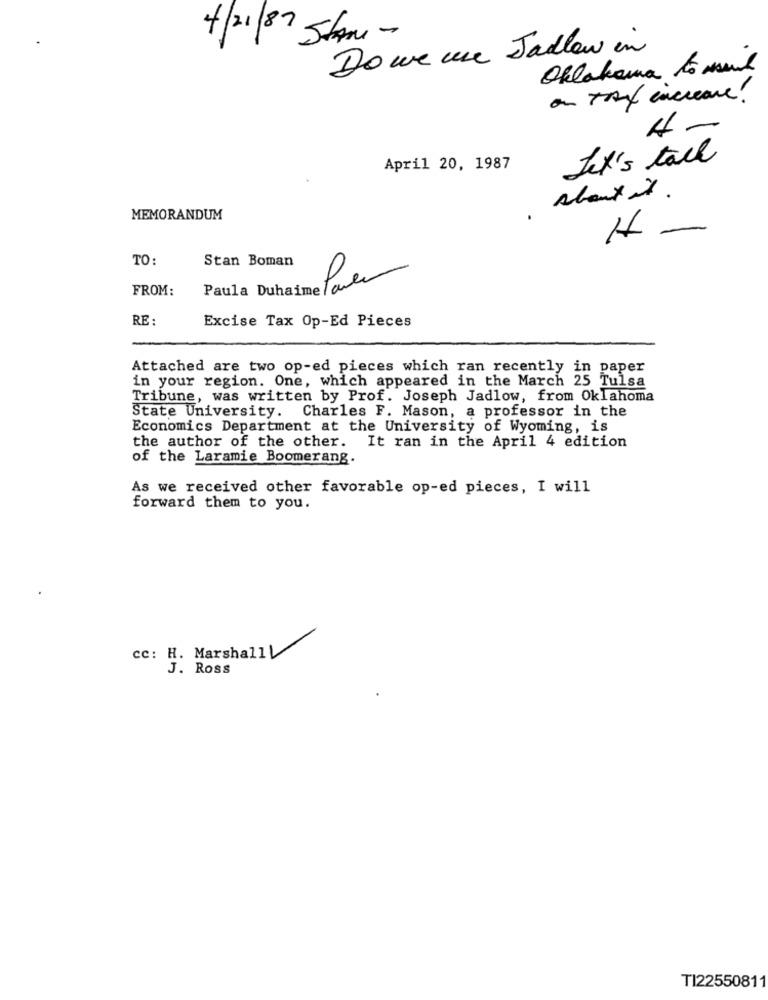
4/21/87 Stam-
Do we une Jadlow in
Oklahoma to mand
on TAX encreare!
4-
Let's talk
April 20, 1987
. About it .
MEMORANDUM
TO:
Stan Boman
Paula Duhaime Paren
FROM:
RE :
Excise Tax Op-Ed Pieces
Attached are two op-ed pieces which ran recently in paper
in your region. One, which appeared in the March 25 Tulsa
Tribune, was written by Prof. Joseph Jadlow, from Oklahoma
State University. Charles F. Mason, a professor in the
Economics Department at the University of Wyoming, is
the author of the other. It ran in the April 4 edition
of the Laramie Boomerang.
As we received other favorable op-ed pieces, I will
forward them to you.
cc: H. MarshallL
J. Ross
TI22550811